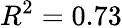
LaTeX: R^{2}=0.73